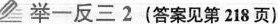
举一反三2(答案见第218页)